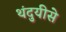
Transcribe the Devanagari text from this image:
थंदुयीसे